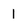
Character: 1